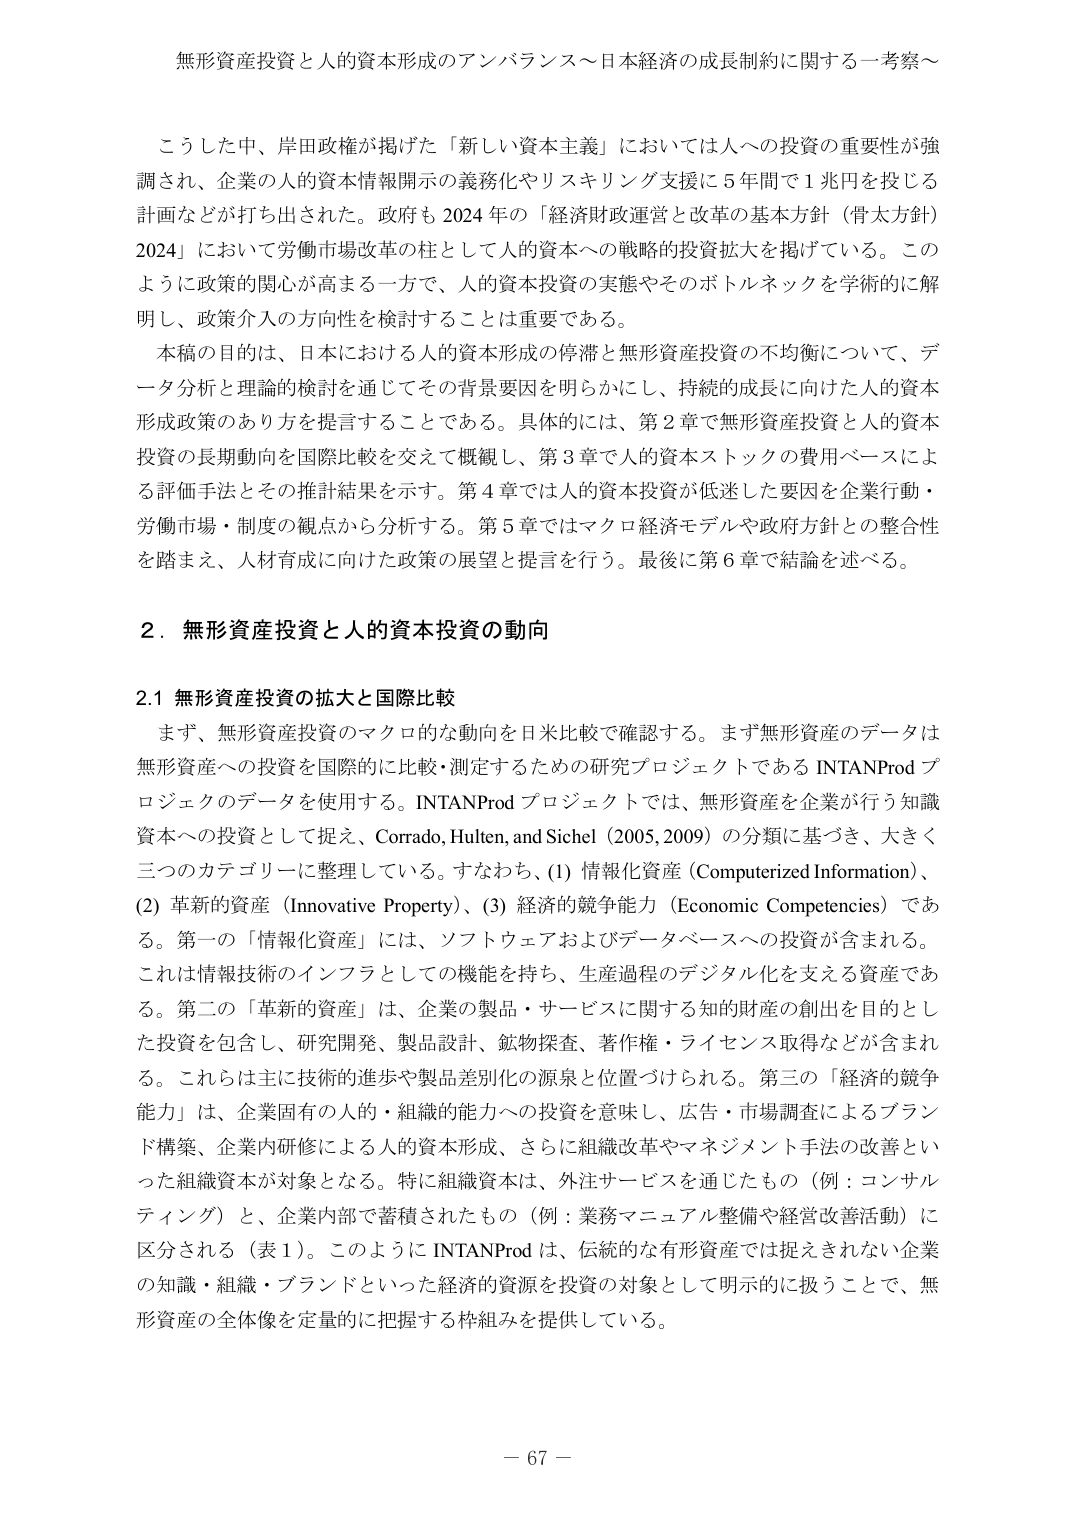
無形資産投資と人的資本形成のアンバランス～日本経済の成長制約に関する一考察～

こうした中、岸田政権が掲げた「新しい資本主義」においては人への投資の重要性が強調され、企業の人的資本情報開示の義務化やリスキリング支援に5年間で1兆円を投じる計画などが打ち出された。政府も2024年の「経済財政運営と改革の基本方針（骨太方針）2024」において労働市場改革の柱として人的資本への戦略的投資拡大を掲げている。このように政策的関心が高まる一方で、人的資本投資の実態やそのボトルネックを学術的に解明し、政策介入の方向性を検討することは重要である。

本稿の目的は、日本における人的資本形成の停滞と無形資産投資の不均衡について、データ分析と理論的検討を通じてその背景要因を明らかにし、持続的成長に向けた人的資本形成政策のあり方を提言することである。具体的には、第2章で無形資産投資と人的資本投資の長期動向を国際比較を交えて概観し、第3章で人的資本ストックの費用ベースによる評価手法とその推計結果を示す。第4章では人的資本投資が低迷した要因を企業行動・労働市場・制度の観点から分析する。第5章ではマクロ経済モデルや政府方針との整合性を踏まえ、人材育成に向けた政策の展望と提言を行う。最後に第6章で結論を述べる。

2．無形資産投資と人的資本投資の動向

2.1 無形資産投資の拡大と国際比較

まず、無形資産投資のマクロ的な動向を日米比較で確認する。まず無形資産のデータは無形資産への投資を国際的に比較・測定するための研究プロジェクトであるINTANProdプロジェクトのデータを使用する。INTANProdプロジェクトでは、無形資産を企業が行う知識資本への投資として捉え、Corrado, Hulten, and Sichel（2005, 2009）の分類に基づき、大きく三つのカテゴリーに整理している。すなわち、(1) 情報化資産（Computerized Information）、(2) 革新的資産（Innovative Property）、(3) 経済的競争能力（Economic Competencies）である。第一の「情報化資産」には、ソフトウェアおよびデータベースへの投資が含まれる。これは情報技術のインフラとしての機能を持ち、生産過程のデジタル化を支える資産である。第二の「革新的資産」は、企業の製品・サービスに関する知的財産の創出を目的とした投資を包含し、研究開発、製品設計、鉱物探査、著作権・ライセンス取得などが含まれる。これらは主に技術的進歩や製品差別化の源泉と位置づけられる。第三の「経済的競争能力」は、企業固有の人的・組織的能力への投資を意味し、広告・市場調査によるブランド構築、企業内研修による人的資本形成、さらに組織改革やマネジメント手法の改善といった組織資本が対象となる。特に組織資本は、外注サービスを通じたもの（例：コンサルティング）と、企業内部で蓄積されたもの（例：業務マニュアル整備や経営改善活動）に区分される（表1）。このようにINTANProdは、伝統的な有形資産では捉えきれない企業の知識・組織・ブランドといった経済的資源を投資の対象として明示的に扱うことで、無形資産の全体像を定量的に把握する枠組みを提供している。

－ 67 －